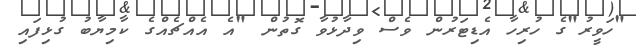
"ހަވީރު"ގެ ހުރިހާ އެޑިޓަރުން ވެސް ވިދާޅުވާ ގޮތުން "އެ އެއްޗެއްގެ ކާމިޔާބު ގުޅިފައި